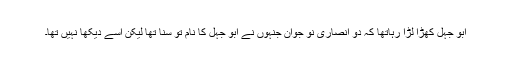
ابو جہل کھڑا لڑا رہاتھا کہ دو انصاری نو جوان جنہوں نے ابو جہل کا نام تو سنا تھا لیکن اسے دیکھا نہیں تھا۔